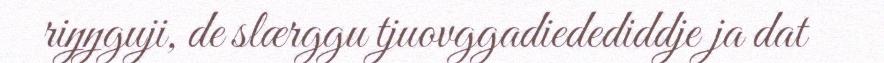
riŋŋguji, de slærggu tjuovggadiedediddje ja dat